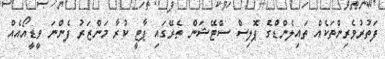
ފަތުރުވެރިންތަކެއް ތައިލެންޑްގެ ޕޮލިސް ސްޓޭޝަން ތެރޭގައި ޕާޓީ ކުރާ މަންޒަރު ފެންނަ ވީޑީއޯއެއް